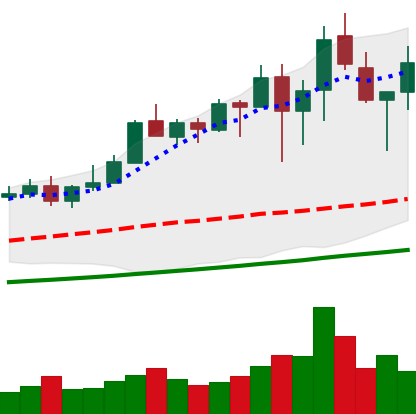
Ticker: XMR-USD
Chart end date: 2021-04-24
Forward return: 7.055%
Label: up_7plus